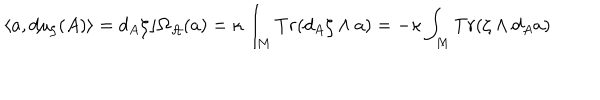
LaTeX: \langle a , d \mu _ { \zeta } ( A ) \rangle = d _ { A } \zeta \rfloor \Omega _ { { \cal A } } ( a ) = \kappa \int _ { M } T r ( d _ { A } \zeta \wedge a ) = - \kappa \int _ { M } T r ( \zeta \wedge d _ { A } a )